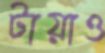
টায়াও